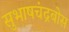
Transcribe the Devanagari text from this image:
सुभाषचंद्रबोस